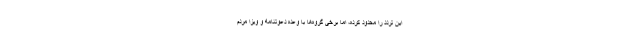
این تردد را محدود کرده، اما برخی گروه‌ها با وعده دعوتنامه و ویزا مردم